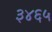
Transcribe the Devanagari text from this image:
३४६५